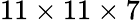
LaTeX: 11\times 11\times 7